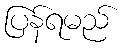
ပြန်ရမည်